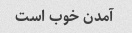
آمدن خوب است